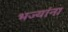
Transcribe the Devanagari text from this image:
भज्यांना